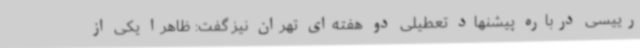
رییسی درباره پیشنهاد تعطیلی دو هفته‌ای تهران نیز گفت: ظاهرا یکی از